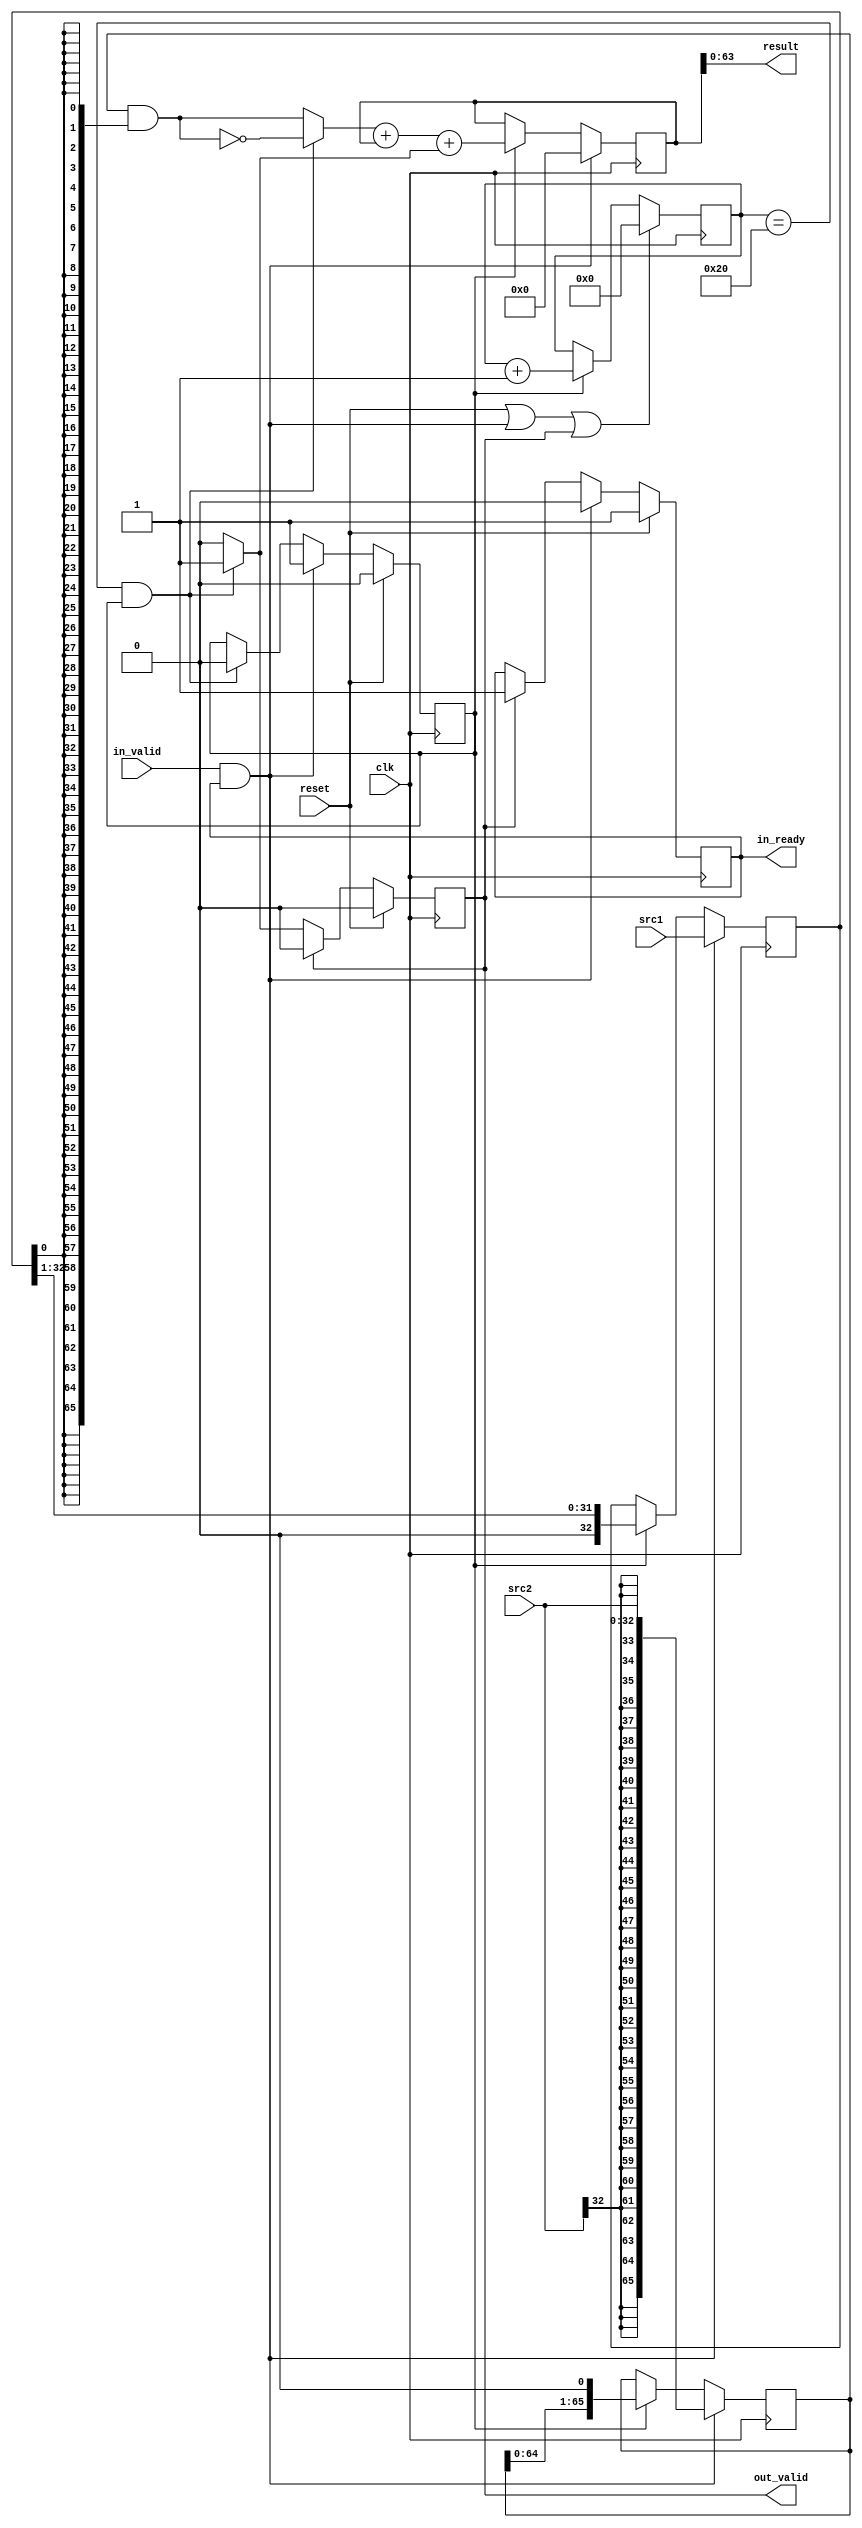
module basemul(
  input               clk           ,
  input               reset         ,
  input  [32:0] src1,
  input  [32:0] src2,
  input         in_valid,
  output reg    in_ready,
  output reg    out_valid,
  output [63:0] result

);

reg [65:0] tem_result, multiplicand;
reg [32:0] multiplier;
reg [5:0]   count;
reg doing;
wire calculate_done,ready_to_doing,doing_to_done,done_to_ready,last_op;
wire [65:0] mid_result;

//state transition  ; three states
//in_ready,doing,done
assign ready_to_doing = in_valid && in_ready;
assign doing_to_done  = calculate_done;
assign done_to_ready  = out_valid;
always @(posedge clk) begin
    if (reset) begin
        in_ready<=1;
    end
    else if (ready_to_doing) begin
        in_ready <= 1'b0;
    end
    else if (done_to_ready) begin
        in_ready <= 1'b1;
    end    
end

always @(posedge clk) begin
    if (reset ) begin
        out_valid <=1'b0;
    end   
    else if (done_to_ready)  begin
        out_valid <=1'b0;
    end
 //Done signal remains for one cycle
    else if (doing_to_done ) begin
        out_valid <= 1'b1;
    end
    
end

always @(posedge clk) begin
    if (reset ) begin
        doing <= 1'b0;
    end
    else if (ready_to_doing) begin
        doing <= 1'b1;
    end
    else if (doing_to_done) begin
        doing <= 1'b0;
    end    
end
//iterate
//update multiplicand
always @(posedge clk) begin
    if (ready_to_doing ) begin
        multiplicand <= {{33{src2[32]}},src2};
    end
    //shift left  << 1
    else if (doing) begin
        multiplicand <= {multiplicand[64:0],1'b0};
    end
end
//update multiplier
always @(posedge clk) begin
    if (ready_to_doing) begin
        multiplier <= src1;
    end
    //shift right >> 1
    else if (doing) begin 
        multiplier[32:0] <= {1'b0,multiplier[32:1]};
    end
end
//counter
always @(posedge clk) begin
    if (reset || ready_to_doing || done_to_ready) begin
        count <= 6'h0;
    end
    else if (doing) begin
        count <= count + 1'h1;
    end
end
//The last operation is sub
//Other operations are add
assign calculate_done = count[5:0] == 6'h20 && doing;
assign last_op        = count[5:0] == 6'h20 && doing;
assign mid_result = multiplicand & {66{multiplier[0]}};

// 66-bit adder
wire [65:0] adder_a;
wire [65:0] adder_b;
wire         adder_cin;
wire [65:0] adder_result;
wire        adder_cout;

assign adder_a   = last_op ? ~mid_result : mid_result;
assign adder_b   = tem_result;
assign adder_cin = last_op ? 1'h1 : 1'h0;
assign {adder_cout, adder_result} = adder_a + adder_b + {65'b0,adder_cin};

// Temporary Results or Final Results
always @(posedge clk) begin
    if (ready_to_doing) begin
        tem_result <=66'b0;
    end
    else if (doing) begin
    tem_result <= adder_result;
    end
end
assign result = tem_result[63:0];

endmodule